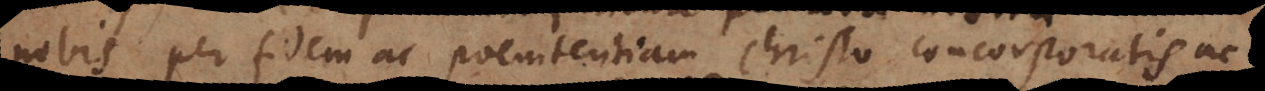
nobis per fidem ac poenitentiam Christo concorporatis ac